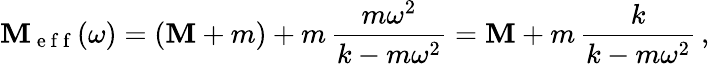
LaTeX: \mathbf{M}_{\mathrm{{~e~f~f~}}}(\omega)=(\mathbf{M}+m)+m\, \frac{{m\omega^{2}}}{{k-m\omega^{2}}}=\mathbf{M}+m\, \frac{{k}}{{k-m\omega^{2}}}\, ,